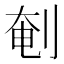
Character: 剦